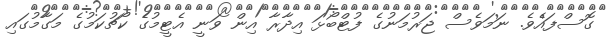
ގޮސްފައެވެ. ނަމަވެސް ޖަރުމަނުގެ ފުޓްބޯޅަ އިދާރާ އިން ވަނީ އެޓީމުގެ ކޯޗުކަމުގެ މަގާމުގައި